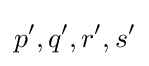
p^{\prime },q^{\prime },r^{\prime },s^{\prime }